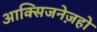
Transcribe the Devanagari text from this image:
आक्सिजनेज़हो